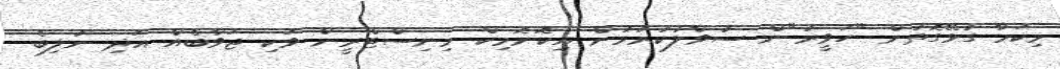
މިކަމާ ގުޅޭގޮތުން "ހަވީރު"ން ސުވާލުކުރުމުން އިކޮނޮމިކް މިނިސްޓްރީން ވަކި ޖަވާބެއް އަދި ނުލިބެ